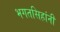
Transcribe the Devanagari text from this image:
भगतसिहांनी